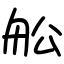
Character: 舩